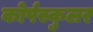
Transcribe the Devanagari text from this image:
कोर्पस्कुलर